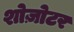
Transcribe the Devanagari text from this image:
शोज़ोटर